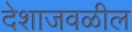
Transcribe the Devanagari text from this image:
देशाजवळील